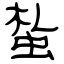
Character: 蚻